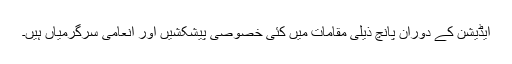
ایڈیشن کے دوران پانچ ذیلی مقامات میں کئی خصوصی پیشکشیں اور انعامی سرگرمیاں ہیں۔